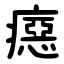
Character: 癋